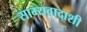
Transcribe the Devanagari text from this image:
साम्यवादाशी